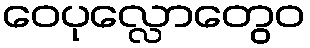
ဝေပုလ္လောတွေဝ